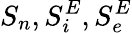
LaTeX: S_{n},S_{i}^{E},S_{e}^{E}